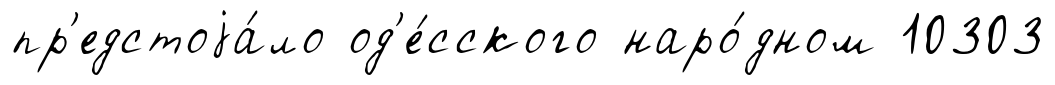
пр'едстоjа́ло од'е́сского наро́дном 10303